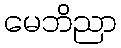
မေဘိညာ